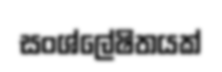
සංශ්ලේෂිතයක්